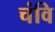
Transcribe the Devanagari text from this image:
चंवि